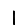
Digit: 1